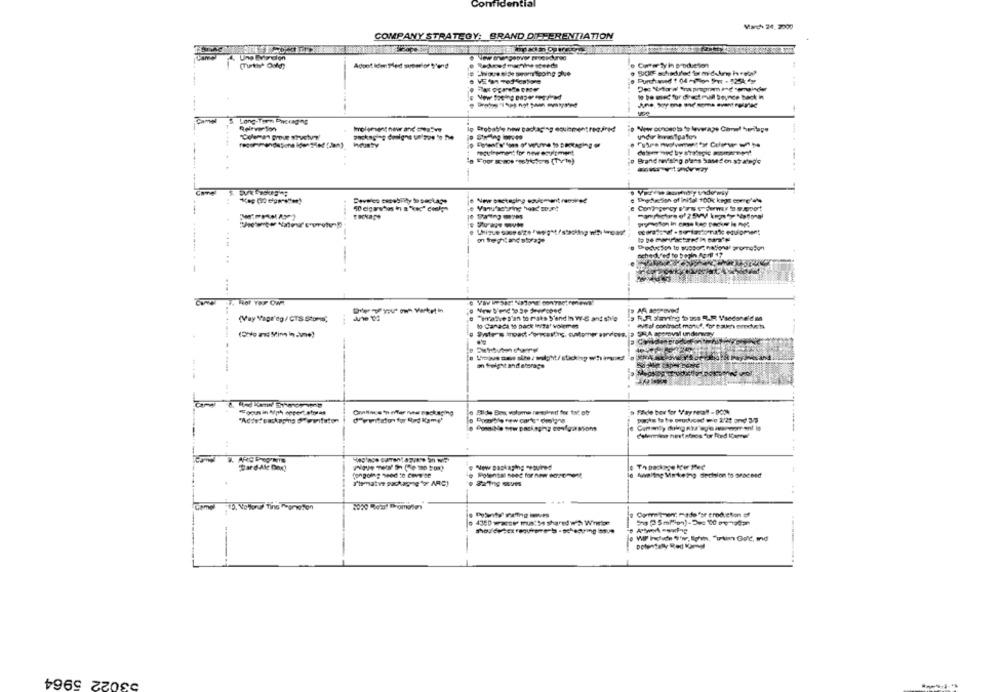
Con
March 24. 2000
COMPANY STRATEGY: BRAND DIFFERENTIATION
Adoot ldim Pled surbeelor Send
o Comer ty in production
--------
5. Long-Tarn Packaging
Eroballe new packaging osuismentrecinkdd
industry
-
(Vay Vage'eg/ CTS Stons;
"waive s'en to risks S'end In W-8 ant style
R.R. Flaming 5 tre R.R Vsedone'd m
lo Caraca to pack mizar voirmen
o Sought and storage
"oouns in Mph oppert storas
Conlinksto pfer new packaging
PonniMe sew packaging confgasions
"Sard Ale Dex!
New packaging "eauined
(ongoing send to cove se
Awaiting Marketing decision to proceed
Cometen; made for production off
53022 5964